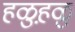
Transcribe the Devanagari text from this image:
हळुह़ळु